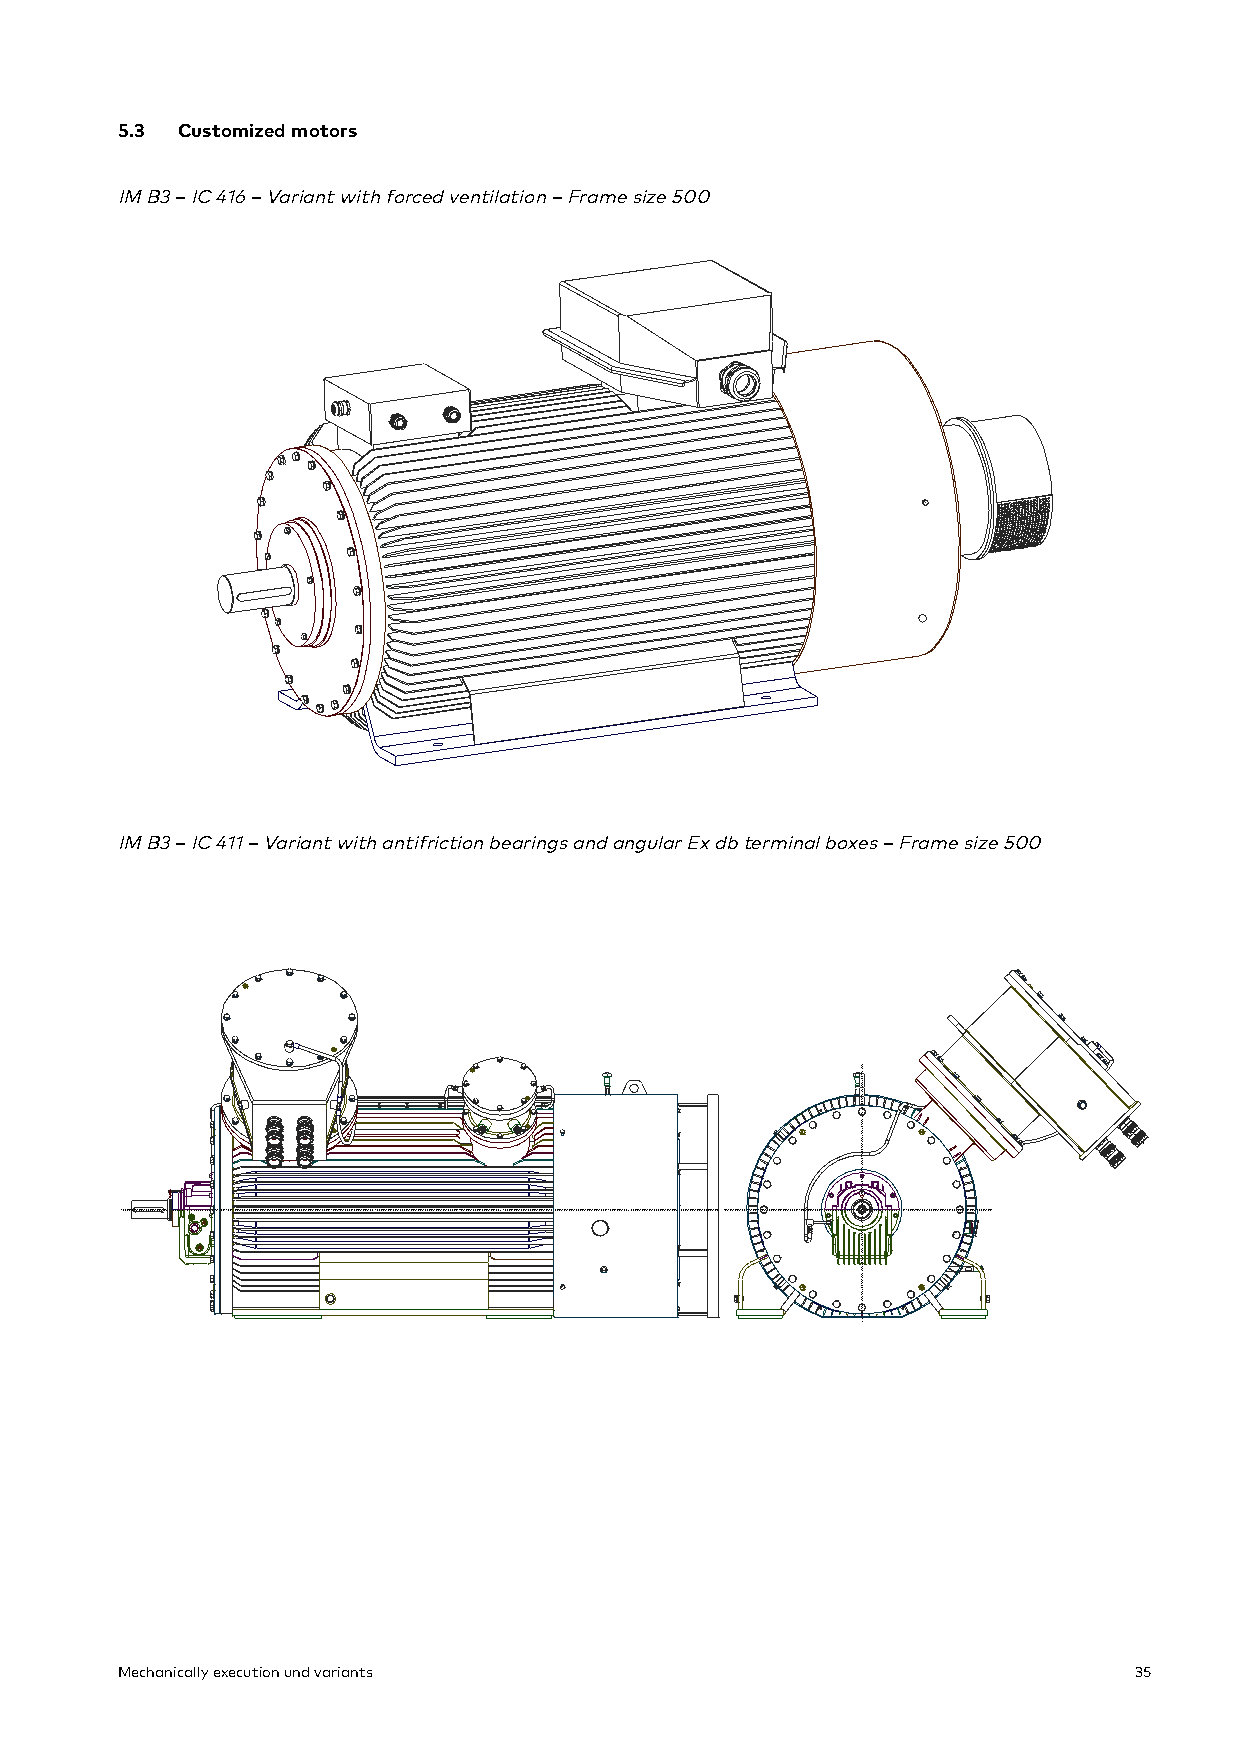
5.3 Customized motors
 IM B3 – IC 416 – Variant with forced ventilation – Frame size 500
 IM B3 – IC 411 – Variant with antifriction bearings and angular Ex db terminal boxes – Frame size 500
 Mechanically execution und variants                                35